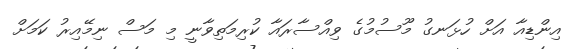
އިންޑިއާ އަށް ހުޅަނގު މޫސުމުގެ ވިއްސާރައާ ކުރިމަތިވާނީ މި މަސް ނިމޭއިރު ކަމަށް